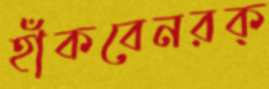
হাঁকবেনরক্